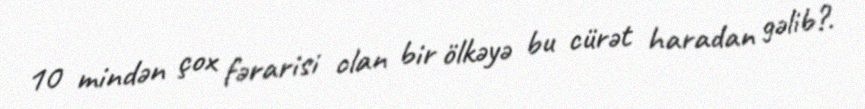
10 mindən çox fərarisi olan bir ölkəyə bu cürət haradan gəlib?.